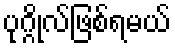
ပုဂ္ဂိုလ်ဖြစ်ရမယ်